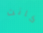
كانت